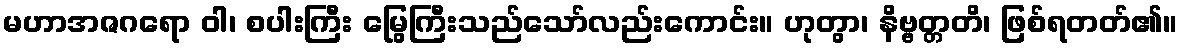
မဟာအဇဂရော ဝါ၊ စပါးကြီး မြွေကြီးသည်သော်လည်းကောင်း။ ဟုတွာ၊ နိဗ္ဗတ္တတိ၊ ဖြစ်ရတတ်၏။